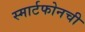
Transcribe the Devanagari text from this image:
स्मार्टफोनची